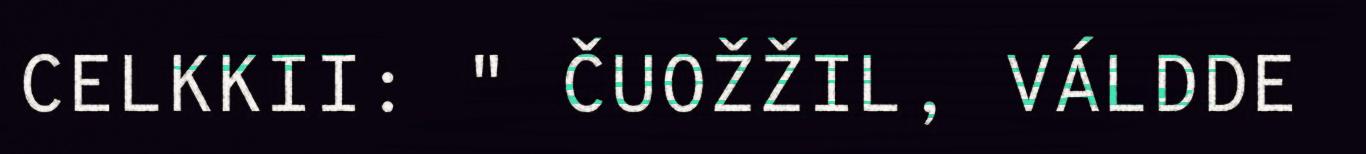
CELKKII: " ČUOŽŽIL, VÁLDDE